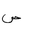
Letter: _sad